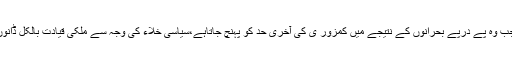
کیونکہ کوئی ملک اپنی حدود میں رد وبدل پرصرف اسی وقت رضامند ہوتا ہے جب وہ پے درپے بحرانوں کے نتیجے میں کمزور ی کی آخری حد کو پہنچ جاتاہے،سیاسی خلاء کی وجہ سے ملکی قیادت بالکل ڈانوں ڈول ہوتی ہے اور اس کے حصے بخرے ہونے کا عمل شروع ہو چکا ہوتا ہے۔